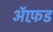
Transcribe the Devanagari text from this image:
आॅफ़ड